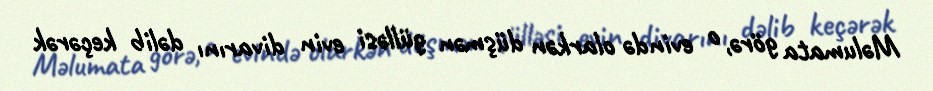
Məlumata görə, o evində olarkən düşmən gülləsi evin divarını dəlib keçərək